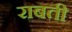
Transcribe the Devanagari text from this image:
राबती